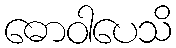
ဓောဝါပေသိ